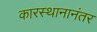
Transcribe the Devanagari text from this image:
कारस्थानानंतर